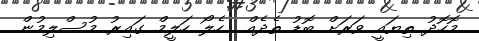
މޮހޮދު ތިޔައީ ވަރަށް ބޮޑު ތެދެއް  ހެލޯ ހަލީމް ގައިރު މުސްލިމުން